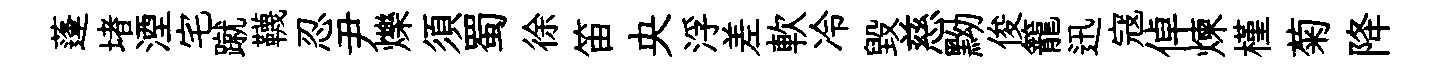
蓬堵湮宅蹴韈忍尹爍須蜀徐笛央浮差軟冷毀慈黝俊籠迅寇倬煉槿菊降